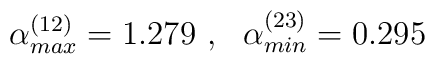
\alpha_{max}^{(12)}=1.279     \ , \ \ \alpha_{min}^{(23)}=0.295